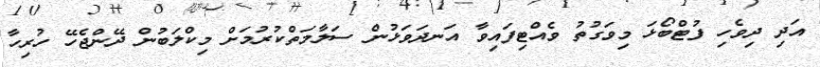
އަދި ދިވެހި ފުޓްބޯޅަ މިވަގުތު ވެއްޓިފައިވާ އަނދަވަޅުން ސަލާމަތްކުރުމަށް މިކްލަބުން ދޭންޖެހޭ ހުރިހާ